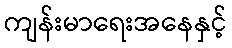
ကျန်းမာရေးအနေနှင့်